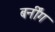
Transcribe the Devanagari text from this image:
बर्नींग